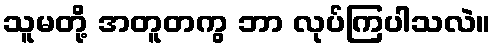
သူမတို့ အတူတကွ ဘာ လုပ်ကြပါသလဲ။